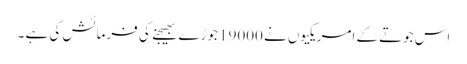
اس جوتے کے امریکیوں نے 19000 جوڑے بھیجنے کی فرمائش کی ہے ۔